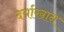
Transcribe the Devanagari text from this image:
दर्याखान